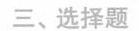
三、选择题